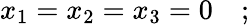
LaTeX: x_{1}=x_{2}=x_{3}=0\quad;